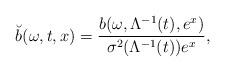
\begin{align*}\breve{b}(\omega ,t,x)=\frac{b(\omega ,\Lambda ^{-1}(t),e^{x})}{\sigma^{2}(\Lambda ^{-1}(t))e^{x}}, \end{align*}